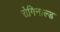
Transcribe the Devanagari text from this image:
रोगिनाल्ड